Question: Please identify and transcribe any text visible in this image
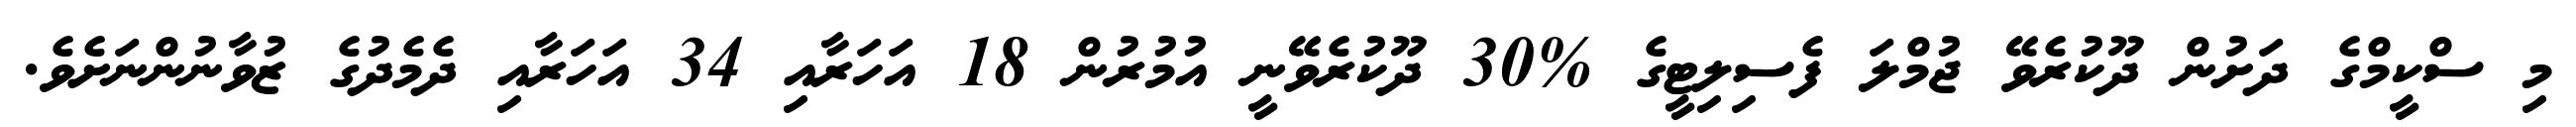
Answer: މި ސްކީމްގެ ދަށުން ދޫކުރެވޭ ޖުމްލަ ފެސިލިޓީގެ %30 ދޫކުރެވޭނީ އުމުރުން 18 އަހަރާއި 34 އަހަރާއި ދެމެދުގެ ޒުވާނުންނަށެވެ.